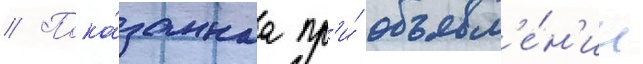
// Пока́заннаа пр'и́ объявл'е́н'ии